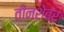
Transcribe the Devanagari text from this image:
तीनशेवर